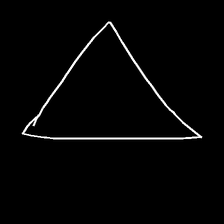
Glyph: convergence